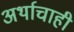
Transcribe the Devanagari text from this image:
अर्थाचाही